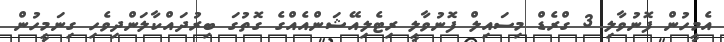
އެމީހުން ފޮނުވާލި 3 ގްރެޑް މިސައިލް ފޮނުވާލީ ރިޓެލިއޭޝަންއެއްގެ ގޮތުގަ ބިރުދައްކާލަންދިވެހި ގިނަމީހުން